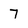
Character: 7